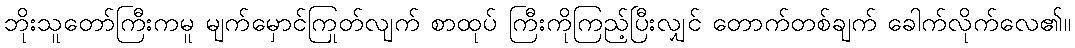
ဘိုးသူတော်ကြီးကမူ မျက်မှောင်ကြုတ်လျက် စာထုပ် ကြီးကိုကြည့်ပြီးလျှင် တောက်တစ်ချက် ခေါက်လိုက်လေ၏။